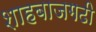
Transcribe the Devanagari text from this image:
शाहबाजगढी